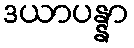
ဒယာပန္နာ